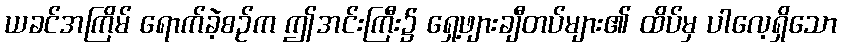
ယခင်အကြိမ် ရောက်ခဲ့စဉ်က ဤအင်းကြီး၌ ရှေ့ဖျားချီတပ်များ၏ ထိပ်မှ ပါလေ့ရှိသော